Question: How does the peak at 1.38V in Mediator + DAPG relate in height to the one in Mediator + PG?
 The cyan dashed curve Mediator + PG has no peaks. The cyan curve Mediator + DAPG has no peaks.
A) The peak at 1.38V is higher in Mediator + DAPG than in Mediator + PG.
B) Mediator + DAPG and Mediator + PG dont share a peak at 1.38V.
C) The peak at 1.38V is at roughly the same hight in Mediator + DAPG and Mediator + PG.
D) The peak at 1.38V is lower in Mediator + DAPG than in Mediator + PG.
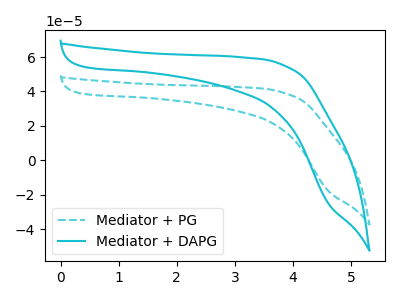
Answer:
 <answer>B) "Mediator + DAPG" and "Mediator + PG" dont share a peak at 1.38V.</answer>
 <eval>B</eval>